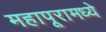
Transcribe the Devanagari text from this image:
महापूरामध्ये